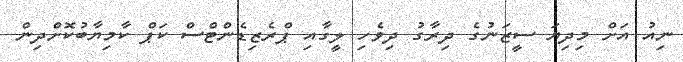
ނިއު އަށް މިދިޔަ ސީޒަނުގެ ދިރާގު ދިވެހި ލީގާއި ޕްރެޒިޑެންޓްސް ކަޕް ކާމިޔާބުކޮށްދިން